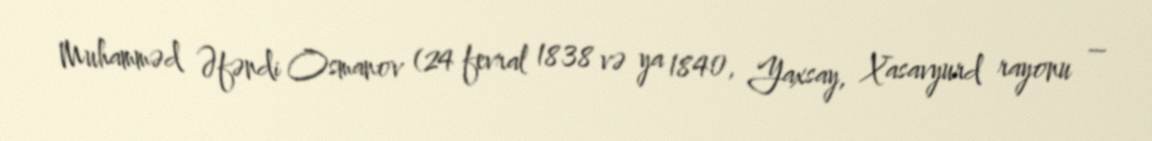
Muhamməd Əfəndi Osmanov (24 fevral 1838 və ya 1840, Yaxsay, Xasavyurd rayonu –